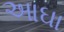
આઘા